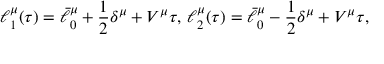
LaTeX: \ell _ { 1 } ^ { \mu } ( \tau ) = \bar { \ell } _ { 0 } ^ { \mu } + { \frac { 1 } { 2 } } \delta ^ { \mu } + V ^ { \mu } \tau , \, \ell _ { 2 } ^ { \mu } ( \tau ) = \bar { \ell } _ { 0 } ^ { \mu } - { \frac { 1 } { 2 } } \delta ^ { \mu } + V ^ { \mu } \tau ,